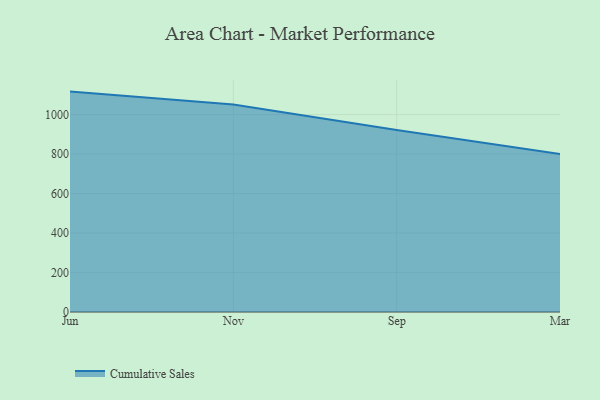
{"axis": {"x": "Month", "y": "Headcount"}, "legend": ["Cumulative Sales"], "data": [{"x": "Jun", "y": 1116.4, "type": "Cumulative Sales"}, {"x": "Nov", "y": 1051.2, "type": "Cumulative Sales"}, {"x": "Sep", "y": 922.1, "type": "Cumulative Sales"}, {"x": "Mar", "y": 800, "type": "Cumulative Sales"}]}